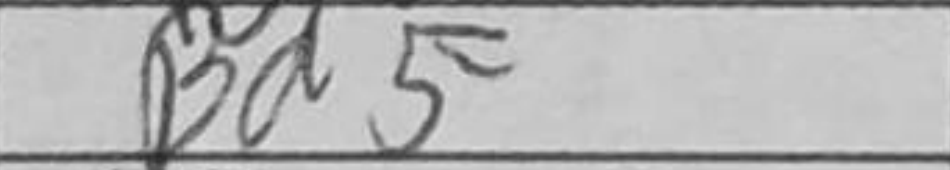
Transcription: Bd5